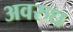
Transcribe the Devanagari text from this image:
अवरुध